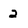
Character: 2